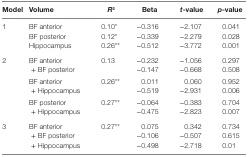
<table><thead><tr><td><b>Model</b></td><td><b>Volume</b></td><td><b><i>R</i><sup>2</sup></b></td><td><b>Beta</b></td><td><b><i>t</i>-value</b></td><td><b><i>p</i>-value</b></td></tr></thead><tbody><tr><td>1</td><td>BF anteriorBF posteriorHippocampus</td><td>0.10*0.12*0.26**</td><td>−0.316−0.339−0.512</td><td>−2.107−2.279−3.772</td><td>0.0410.0280.001</td></tr><tr><td rowspan="3">2</td><td>BF anterior + BF posterior</td><td>0.13</td><td>−0.232−0.147</td><td>−1.056−0.668</td><td>0.2970.508</td></tr><tr><td>BF anterior + Hippocampus</td><td>0.26**</td><td>0.011−0.519</td><td>0.060−2.931</td><td>0.9520.006</td></tr><tr><td>BF posterior + Hippocampus</td><td>0.27**</td><td>−0.064−0.475</td><td>−0.383−2.823</td><td>0.7040.007</td></tr><tr><td>3</td><td>BF anterior + BF posterior + Hippocampus</td><td>0.27**</td><td>0.075−0.106−0.498</td><td>0.342−0.507−2.718</td><td>0.7340.6150.01</td></tr></tbody></table>